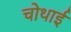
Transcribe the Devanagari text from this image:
चोथाई